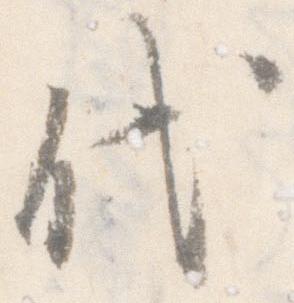
代